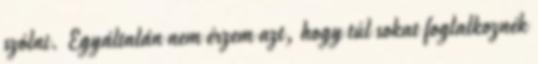
szólni. Egyáltalán nem érzem azt, hogy túl sokat foglalkoznék